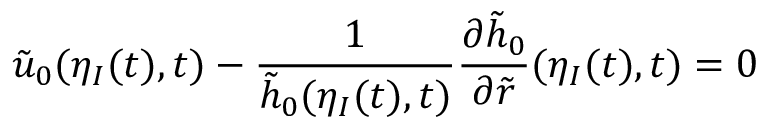
\tilde { u } _ { 0 } ( \eta _ { I } ( t ) , t ) - \frac { 1 } { \tilde { h } _ { 0 } ( \eta _ { I } ( t ) , t ) } \frac { \partial \tilde { h } _ { 0 } } { \partial \tilde { r } } ( \eta _ { I } ( t ) , t ) = 0